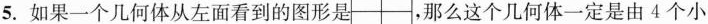
5. 如果一个几何体从左面看到的图形是 ，那么这个几何体一定是由4个小